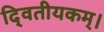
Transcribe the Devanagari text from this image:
दि्वतीयकम्।